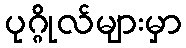
ပုဂ္ဂိုလ်များမှာ